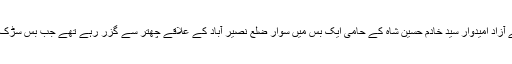
پولیس حکام کےمطابق 'پی بی 28' سے آزاد امیدوار سید خادم حسین شاہ کے حامی ایک بس میں سوار ضلع نصیر آباد کے علاقے چھتر سے گزر رہے تھے جب بس سڑک کے کنارے نصب بم کا نشانہ بن گئی۔